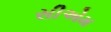
સીએમ